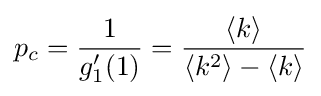
p_{c}={\frac {1}{g_{1}'(1)}}={\frac {\langle k\rangle }{\langle k^{2}\rangle -\langle k\rangle }}